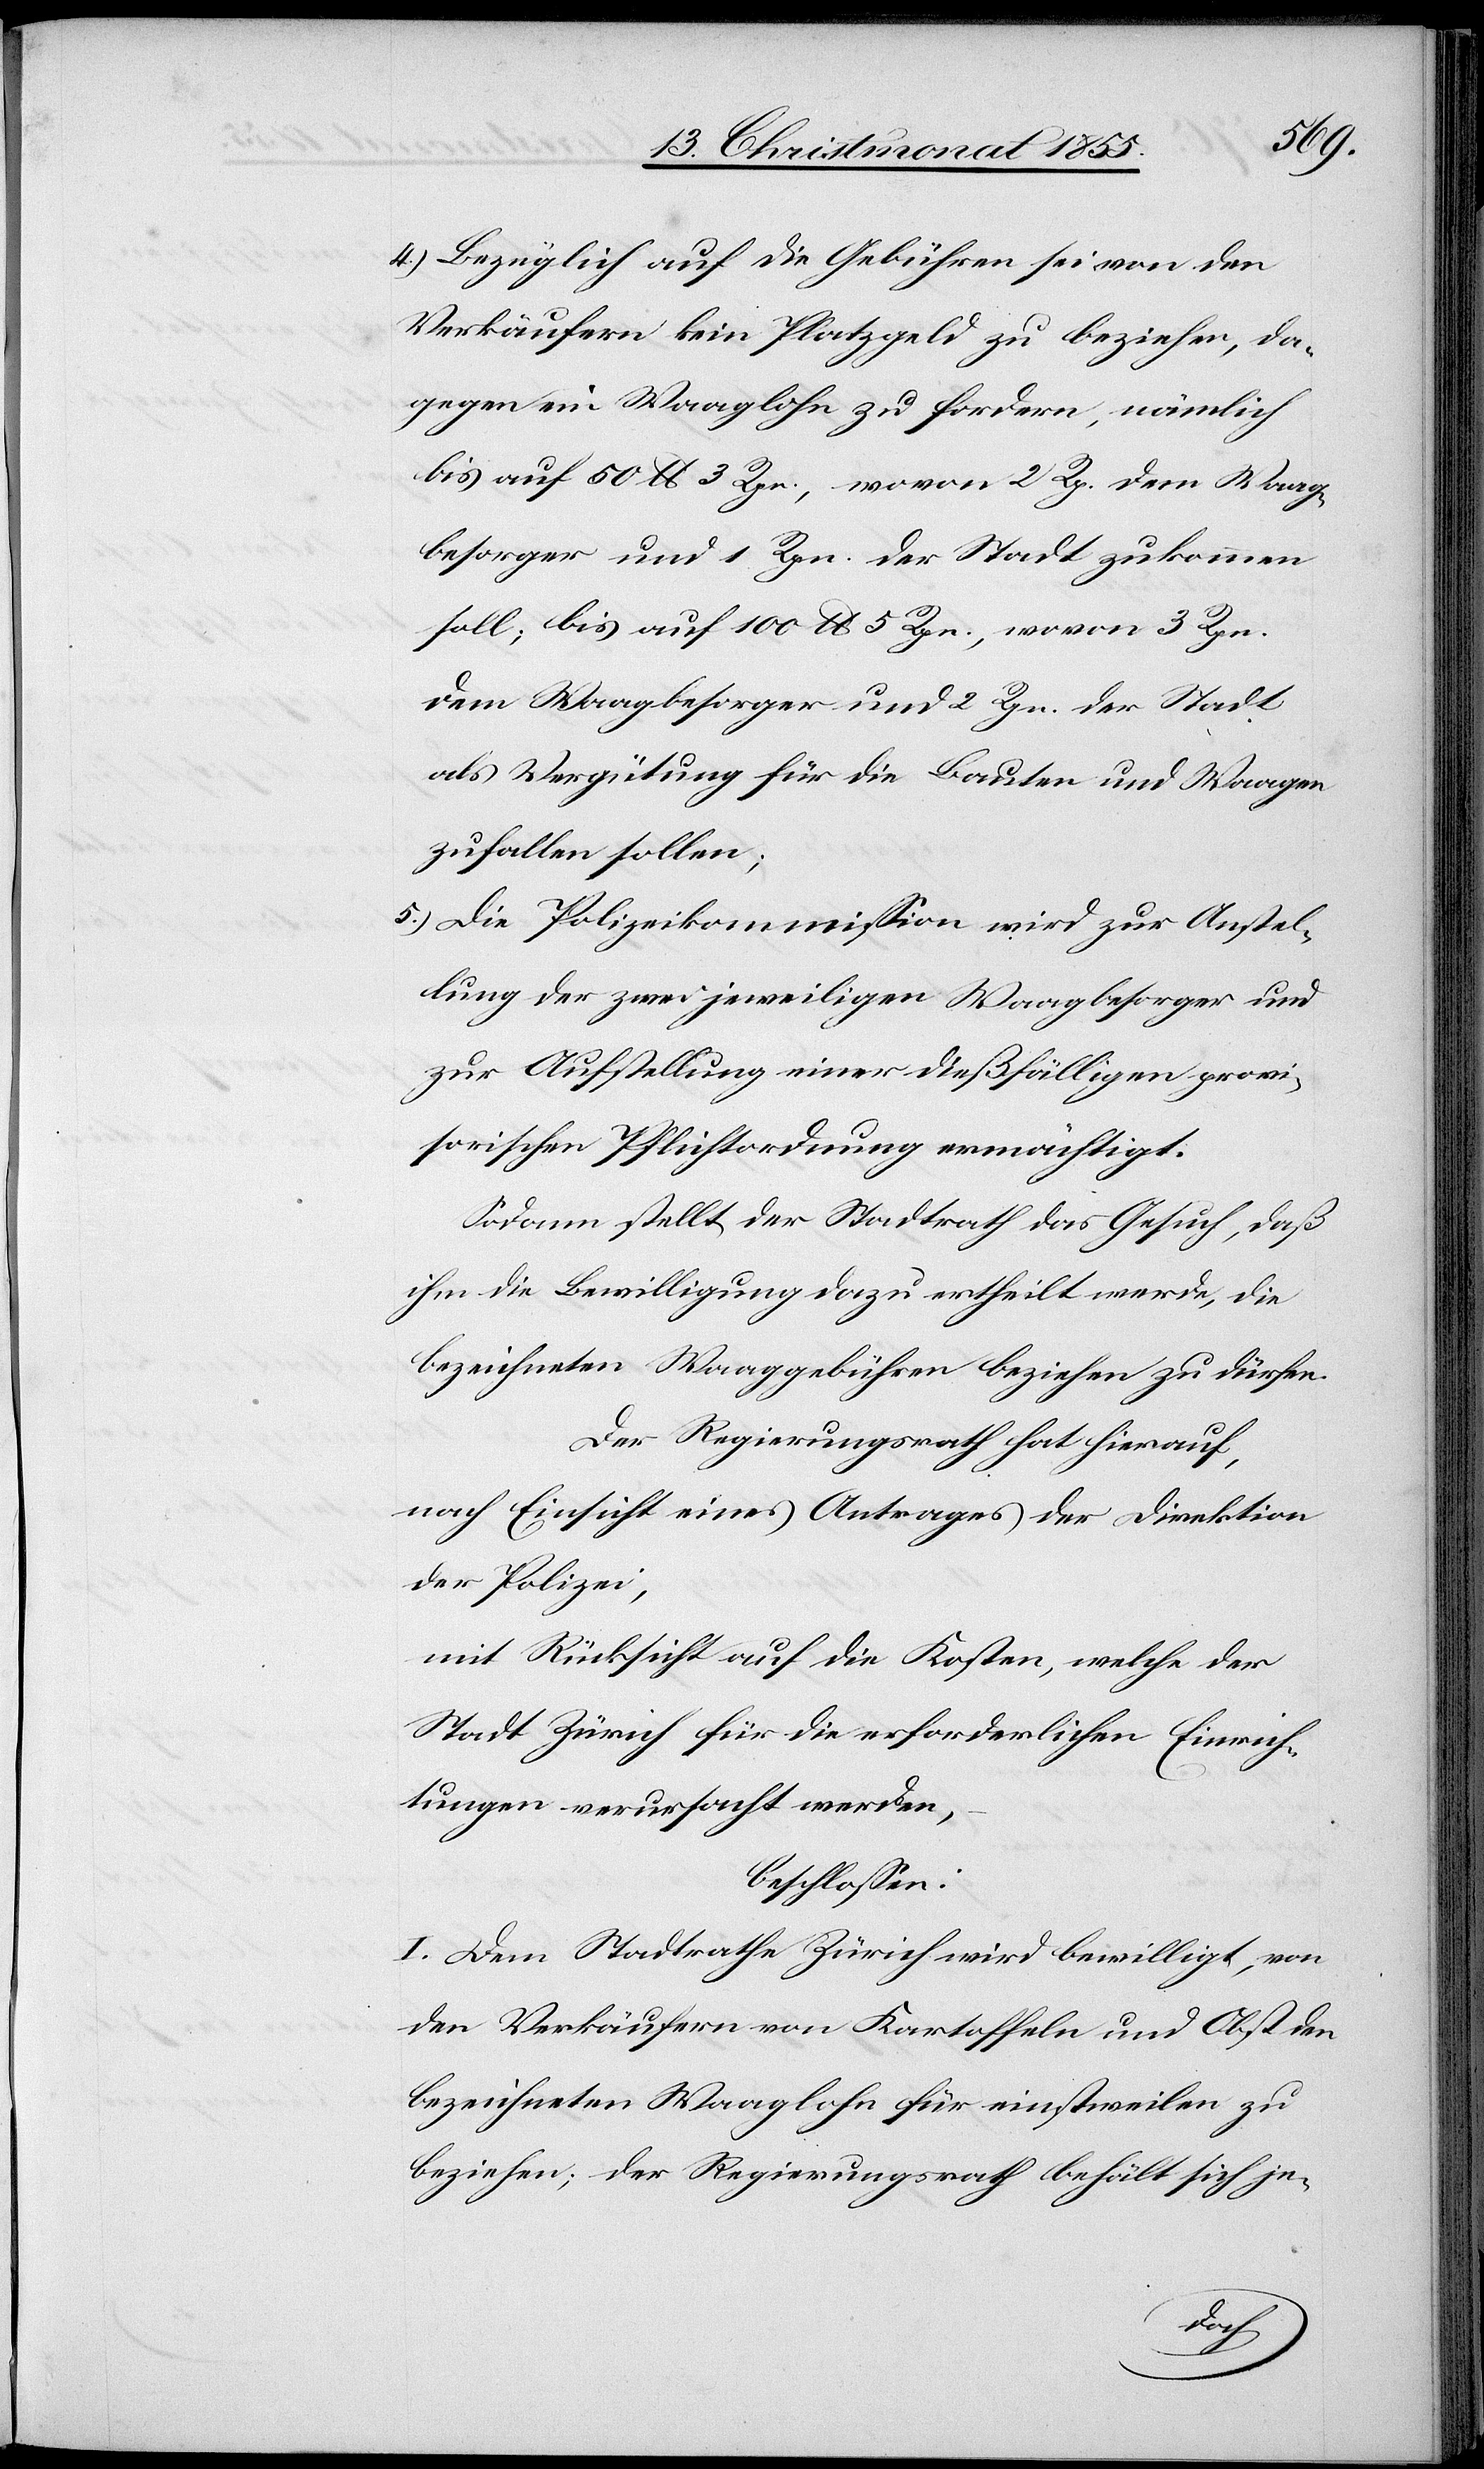
Bezüglich auf die Gebühren sei von den
Verkäufern kein Platzgeld zu beziehen, da¬
gegen ein Waaglohn zu fordern, nämlich
bis auf 50 lb. 3 Rpn., wovon 2 Rp. dem Waag¬
besorger und 1. Rpn. der Stadt zukommen
soll; bis auf 100 lb. 5 Rpn., wovon 3 Rpn.
dem Waagbesorger und 2 Rpn. der Stadt
als Vergütung für die Bauten und Waagen
zufallen sollen;
Die Polizeikommission wird zur Anstel¬
lung der zwei jeweiligen Waagbesorger und
zur Aufstellung einer dießfälligen provi¬
sorischen Pflichtordnung ermächtigt.
Sodann stellt der Stadtrath das Gesuch, daß
ihm die Bewilligung dazu ertheilt werde, die
bezeichneten Waaggebühren beziehen zu dürfen.
Der Regierungsrath hat hierauf,
nach Einsicht eines Antrages der Direktion
der Polizei,
mit Rücksicht auf die Kosten, welche der
Stadt Zürich für die erforderlichen Einrich¬
tungen verursacht werden,
beschlossen:
I. Dem Stadtrathe Zürich wird bewilligt, von
den Verkäufern von Kartoffeln und Obst den
bezeichneten Waaglohn für einstweilen zu
beziehen; der Regierungsrath behält sich je-
5.)